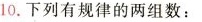
10.下列有规律的两组数：